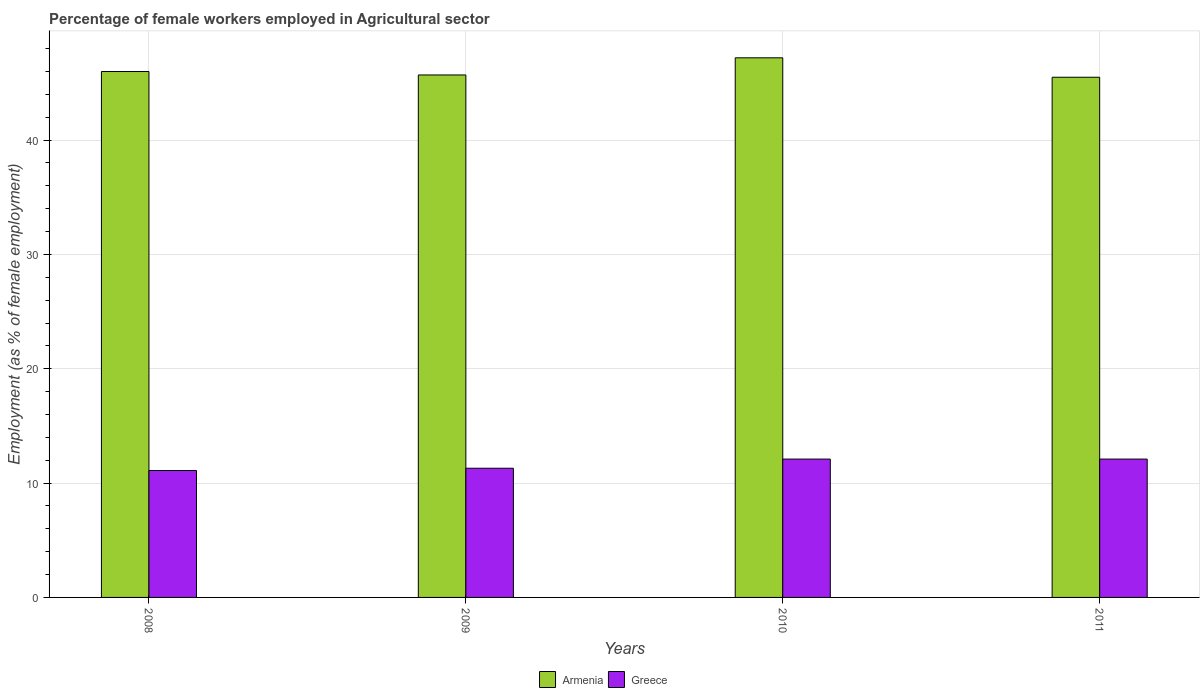
| Years | Armenia | Greece |
 | --- | --- | --- |
 | 2008 | 46 | 11.1 |
 | 2009 | 45.7 | 11.3 |
 | 2010 | 47.2 | 12.1 |
 | 2011 | 45.5 | 12.1 |